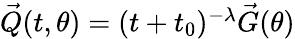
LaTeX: \begin{array}{r}{\vec{Q}(t,\theta)=(t+t_{0})^{-\lambda}\vec{G}(\theta)}\end{array}